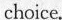
choice.